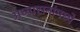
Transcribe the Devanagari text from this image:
अध्यासनांमध्ये